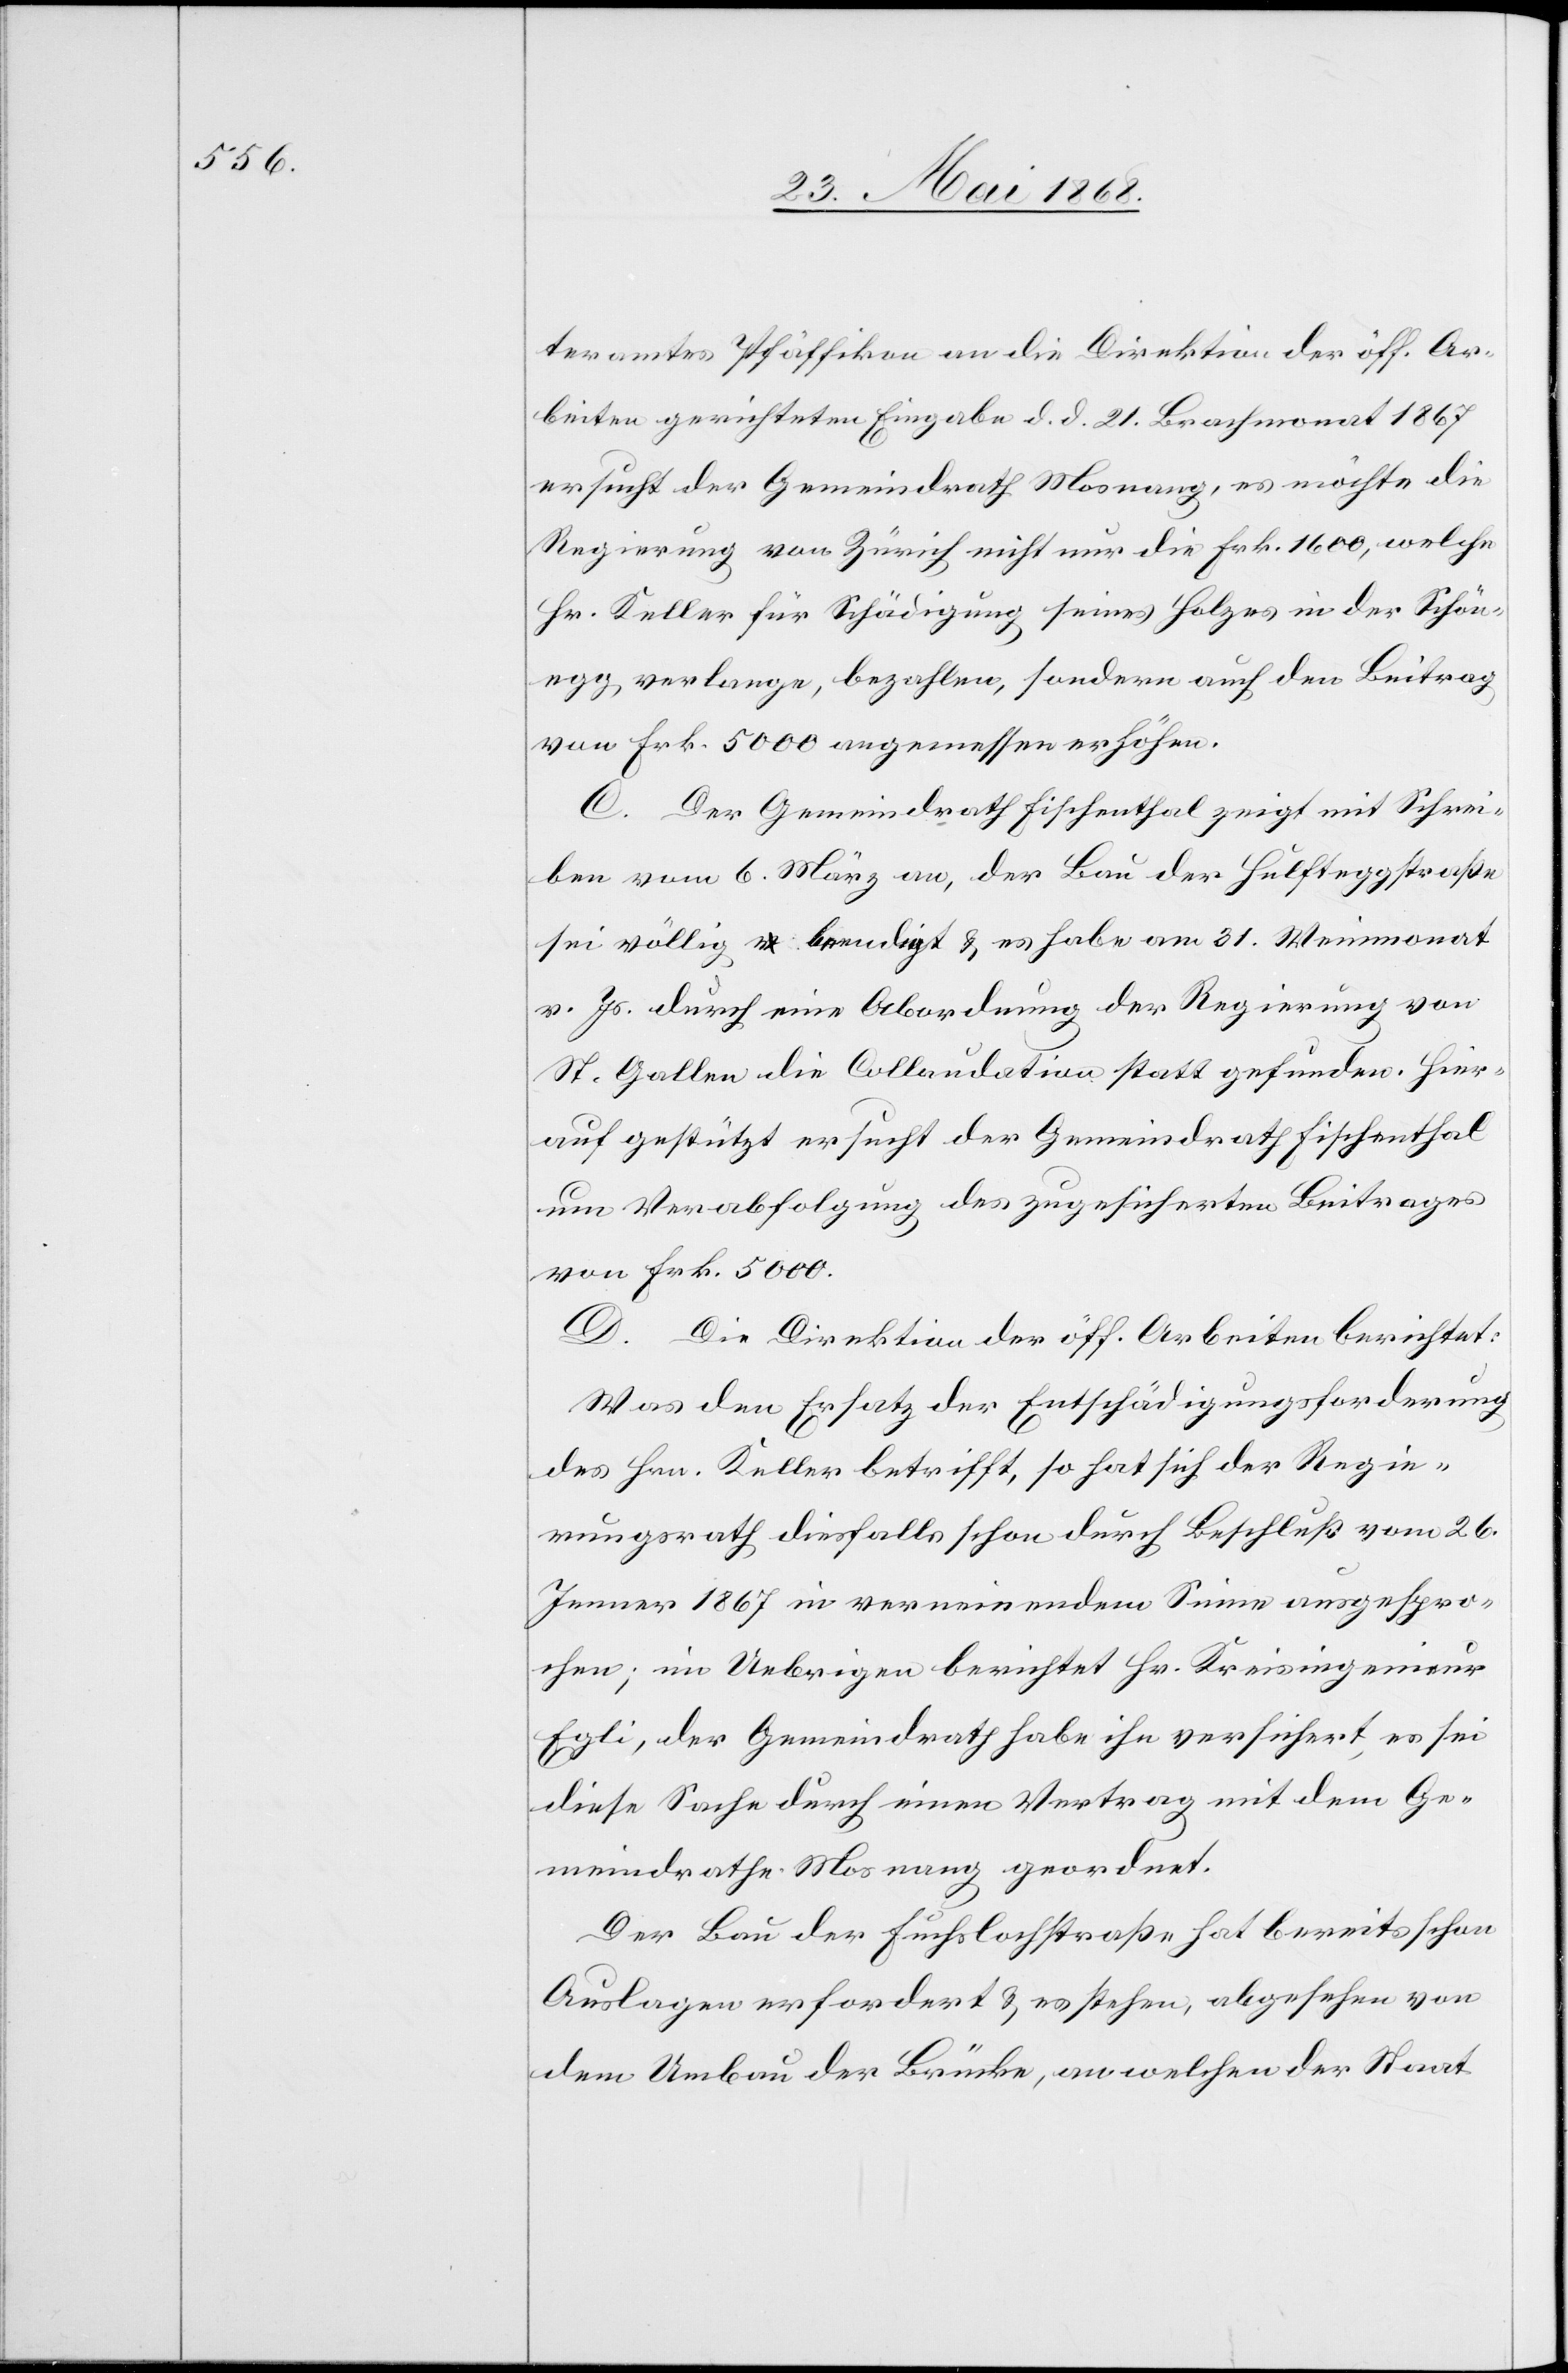
teramtes Pfäffikon an die Direktion der öff. Ar¬
beiten gerichteten Eingabe d. d. 21. Brachmonat 1867
ersucht der Gemeindrath Mosnang, es möchte die
Regierung von Zürich nicht nur die Frk. 1600, welche
Hr. Keller für Schädigung seines Holzes in der Schön¬
egg verlange, bezahlen, sondern auch den Beitrag
von Frk. 5000 angemessen erhöhen.
C. Der Gemeindrath Fischenthal zeigt mit Schrei¬
ben vom 6. März an, der Bau der Hulfteggstraße
sei völlig beendigt & es habe am 31. Weinmonat
v. Js. durch eine Abordnung der Regierung von
St. Gallen die Collaudation statt gefunden. Hier¬
auf gestützt ersucht der Gemeindrath Fischenthal
um Verabfolgung des zugesicherten Beitrages
von Frk. 5000.
D. Die Direktion der öff. Arbeiten berichtet:
Was den Ersatz der Entschädigungsforderung
des Hrn. Keller betrifft, so hat sich der Regie¬
rungsrath diesfalls schon durch Beschluß vom 26.
Jenner 1867 in verneinendem Sinne ausgespro¬
chen; im Uebrigen berichtet Hr. Kreisingenieur
Egli, der Gemeindrath habe ihn versichert, es sei
diese Sache durch einen Vertrag mit dem Ge¬
meindrathe Mosnang geordnet.
Der Bau der Fuchslochstraße hat bereits schon
Auslagen erfordert & es stehen, abgesehen von
dem Umbau der Brücke, an welchen der Staat